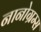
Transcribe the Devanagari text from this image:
नानोग्रम्स